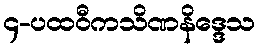
၄-ပထဝီကသိဏနိဒ္ဒေသ